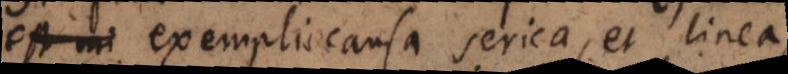
exempli causa serica, et linea,